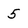
Character: 5